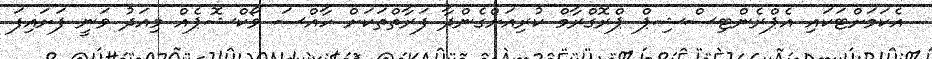
އެކަމަށްޓަކައި އެޕްރެންޓިސްޝިޕް ޕްރޮގްރާމް ކުރިއަށްގެންދާ ފަރާތްތަކަށް ހާއްސަ ވޯކްޝޮޕެއް މިއަދު ވަނީ ފަށައިފަ